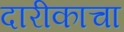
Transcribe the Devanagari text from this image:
दारीकाचा